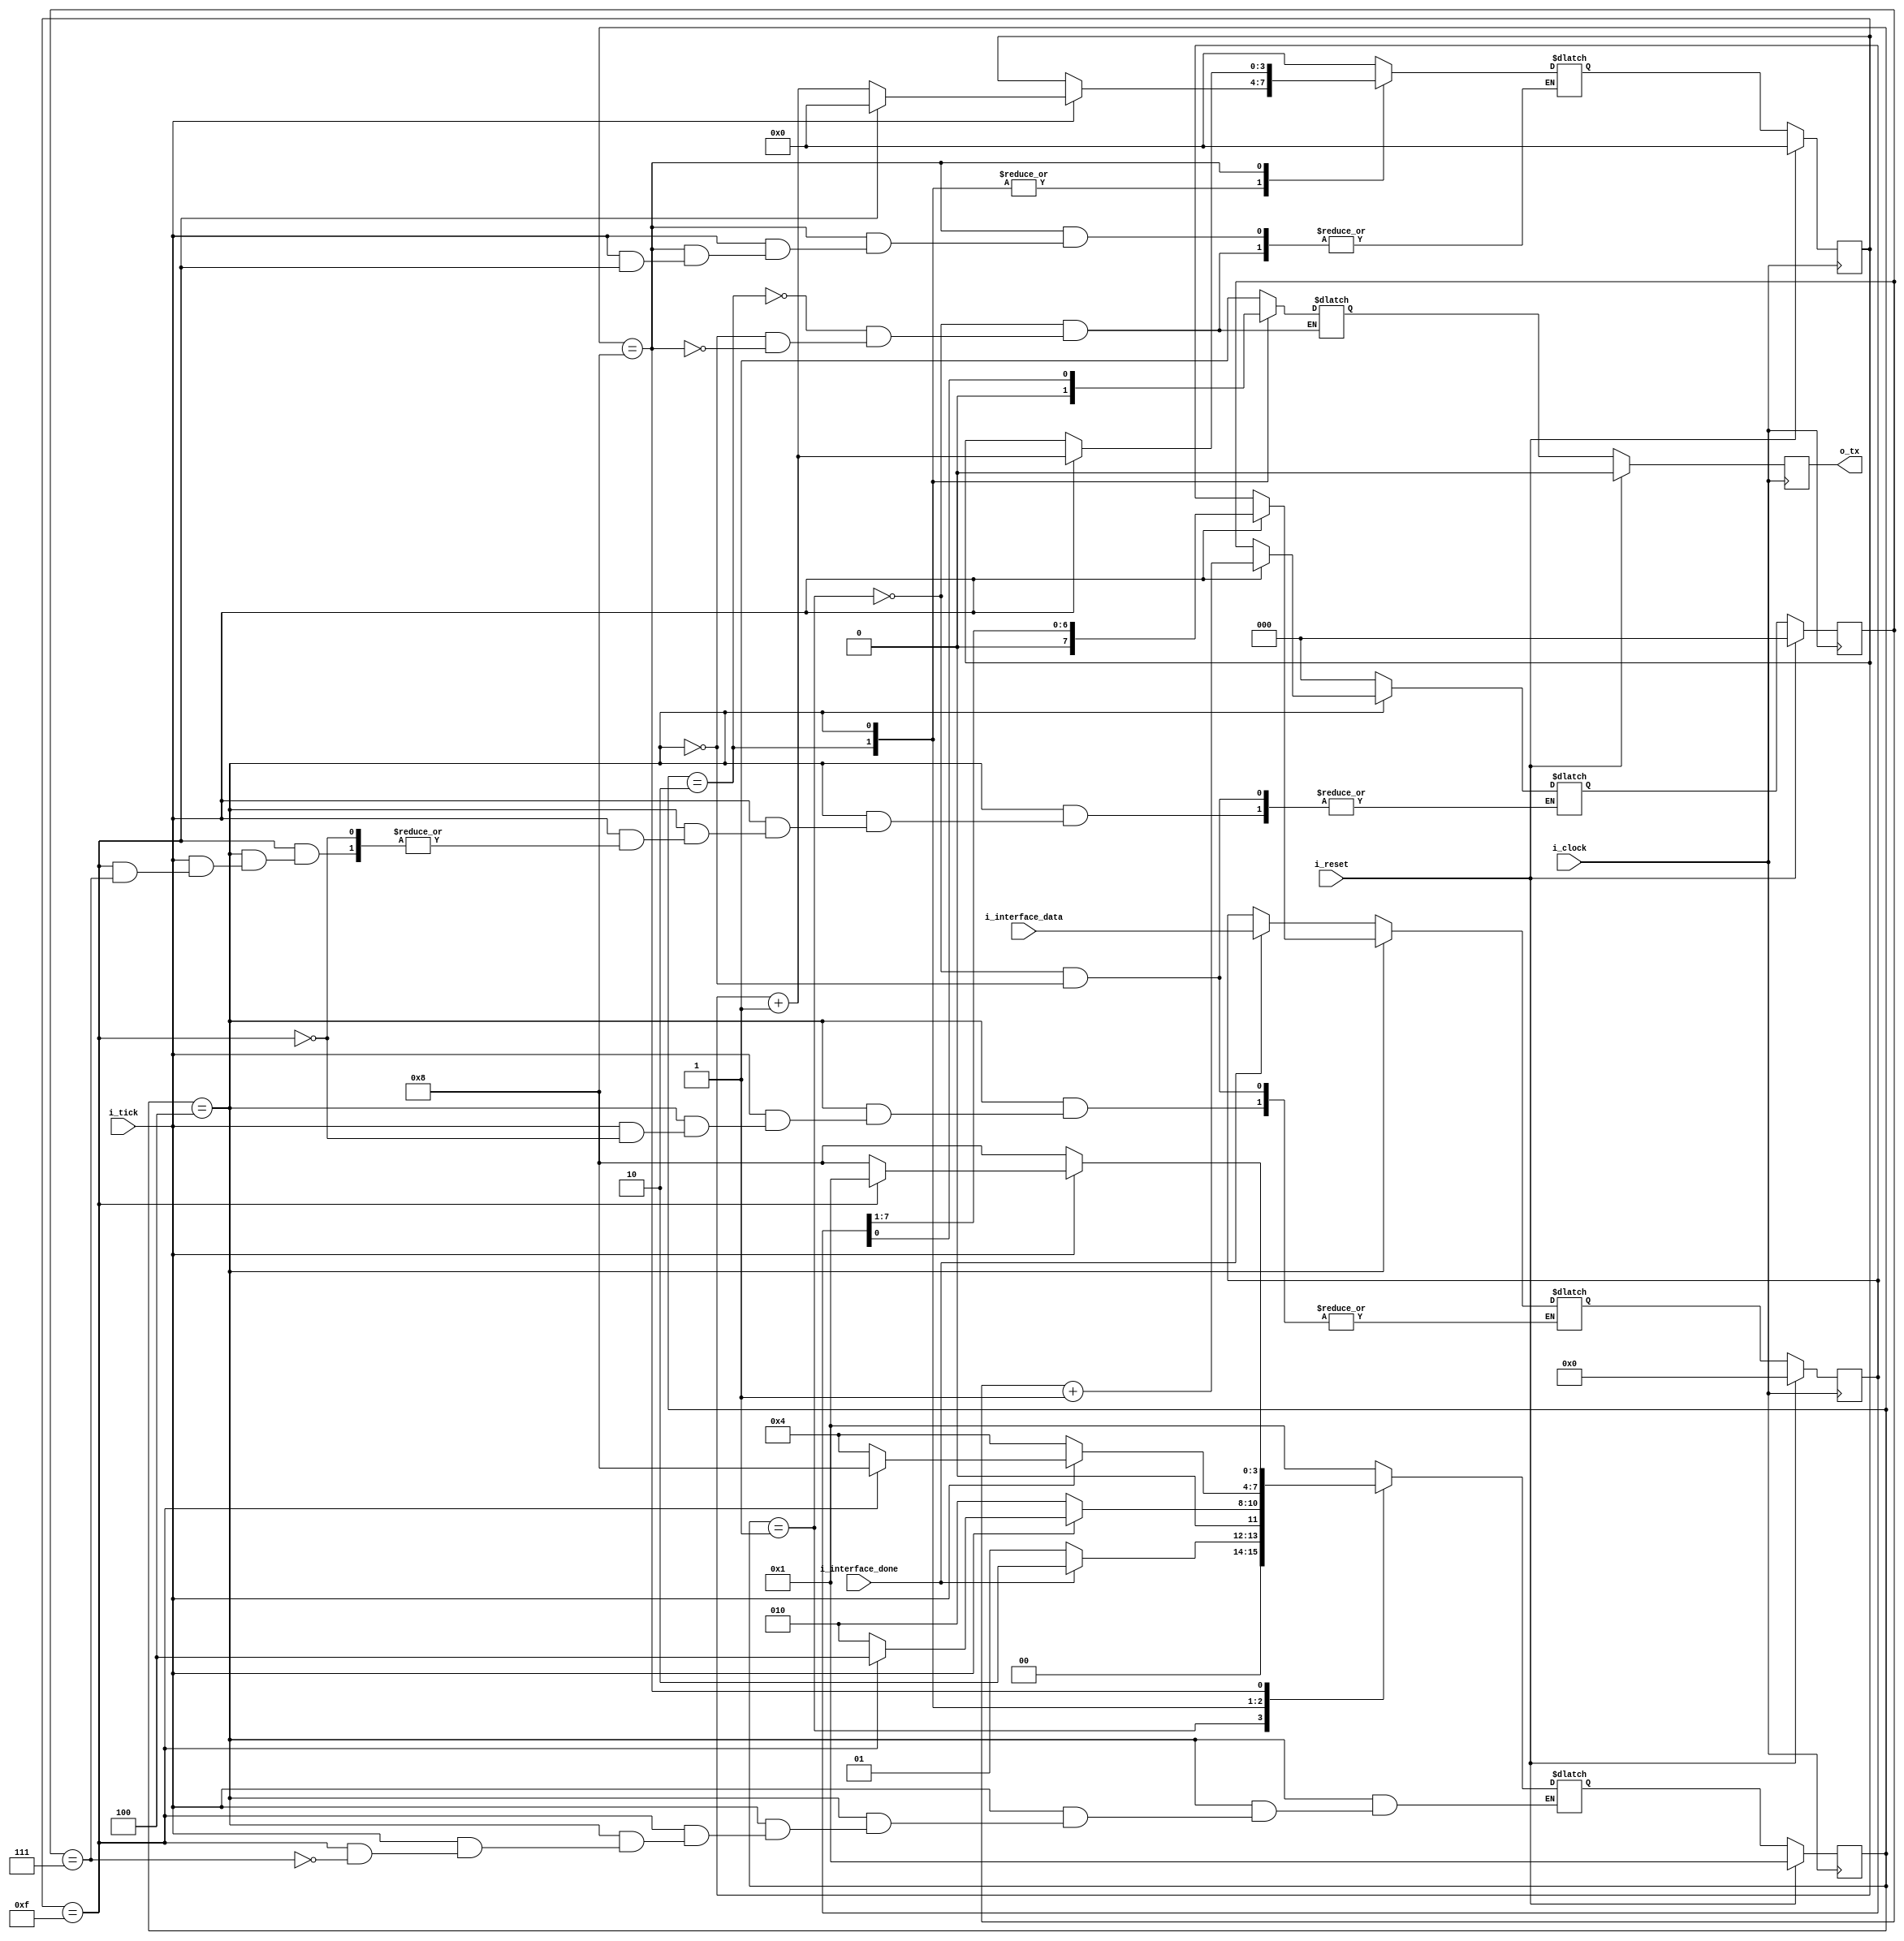
`timescale 1ns / 1ps

module transmitter#(
    parameter NB_DATA = 8
)(
    input wire [NB_DATA-1:0] i_interface_data,
    input wire i_interface_done,
    input wire i_tick,
    input wire i_clock,
    input wire i_reset,
    output wire o_tx
    //output wire o_tx_done
    );

localparam IDLE_STATE =     4'b0001;
localparam START_STATE =    4'b0010;
localparam DATA_STATE =     4'b0100;
localparam STOP_STATE =     4'b1000;

localparam NB_STATES = 4;
reg [NB_STATES-1:0] state;
reg [NB_STATES-1:0] next_state;

//contador de ticks, maxima cuenta hasta 15
localparam NB_TICK_COUNTER = 4; 
reg [NB_TICK_COUNTER-1:0] tick_counter,next_tick_counter;

//contador de data recibida, maximo hasta 8 
localparam NB_DATA_COUNTER = 3;
reg [NB_DATA_COUNTER-1:0] data_counter, next_data_counter;

reg [NB_DATA-1:0] tx_data, next_tx_data;

reg tx_out,next_tx_out;

assign o_tx = tx_out;

always@(posedge i_clock)
begin
    if(i_reset)
        state <= IDLE_STATE;
    else
        state <= next_state;
end

//contador de ticks
always@(posedge i_clock)
begin
    //if(i_reset || tick_counter_reset)
    if(i_reset)
    begin
        tick_counter <= {NB_TICK_COUNTER{1'b0}};
        //tick_counter_reset <= 1'b0;
    end
    else 
         tick_counter <= next_tick_counter;
end

//contador de datos
always@(posedge i_clock)
begin
    if(i_reset)
        data_counter <= {NB_DATA_COUNTER{1'b0}};
    else
        data_counter <= next_data_counter;
end

always@(posedge i_clock)
begin
    if(i_reset)
        tx_data <= {NB_DATA{1'b0}};
    else   
        tx_data <= next_tx_data; 
end

always@(posedge i_clock)
begin
    if(i_reset)
    begin
        tx_out <= 1'b0;
    end
    else 
    begin    
        tx_out <= next_tx_out; 
    end 
end

always@(*)
begin
    //next_state = state;
    //next_data_counter = data_counter;
    //next_tick_counter = tick_counter;
    //next_tx_data = tx_data;
    //next_tx_out = tx_out;
    case(state)
        IDLE_STATE:
        begin
            next_tx_out = 1'b1;
            next_tick_counter = {NB_TICK_COUNTER{1'b0}};
            next_data_counter = {NB_DATA_COUNTER{1'b0}};
            
            if(i_interface_done)
            begin
                next_tx_data = i_interface_data;
                next_state = START_STATE;
            end
            else
            begin
                next_tx_data = tx_data;
                next_state = IDLE_STATE;
            end
        end
        START_STATE:
        begin
            next_tx_out = 1'b0;
            if(i_tick)
            begin
                if(tick_counter == 4'b1111)
                begin
                    next_tick_counter = {NB_TICK_COUNTER{1'b0}};
                    next_state = DATA_STATE;
                end
                else
                begin
                    next_tick_counter = tick_counter + 1;
                    next_state = START_STATE;
                end
            end
            else
            begin
                next_tick_counter = tick_counter;
                next_state = START_STATE;
            end    
        end    
        DATA_STATE:
        begin
            next_tx_out = tx_data[0];
            if(i_tick)
            begin
                if(tick_counter == 4'b1111)
                begin
                    next_tick_counter = {NB_TICK_COUNTER{1'b0}};
                    next_tx_data = tx_data >> 1;
                    if(data_counter == 3'b111) //data igual a 8, ya estan todos los datos
                        next_state = STOP_STATE;
                    else
                        next_data_counter = data_counter + 1;
              
                end
                else
                begin
                    next_tick_counter = tick_counter + 1;
                    next_state = DATA_STATE;
                end      
            end
            else
            begin
                next_state = DATA_STATE;
                next_tx_data = tx_data;
                next_tick_counter = tick_counter;
                next_data_counter = data_counter;
            end
        end        
        STOP_STATE: //estado para verificar recepcion de bit de STOP
        begin
            next_tx_out = 1'b1;
            if(i_tick)
            begin
                if(tick_counter == 4'b1111)
                    next_state = IDLE_STATE;
                else
                begin
                    next_tick_counter = tick_counter + 1;
                    next_state = STOP_STATE;
                end
            end
            else
            begin
                next_state = STOP_STATE;
                next_tick_counter = tick_counter;
            end
        end
        default:
        begin
            next_state = IDLE_STATE;
        end
    endcase              
end



endmodule